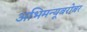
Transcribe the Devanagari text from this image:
अभिमन्यूबरोबर